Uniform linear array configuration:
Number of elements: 64
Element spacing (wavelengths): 0.5
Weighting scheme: blackman
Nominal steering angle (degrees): -45
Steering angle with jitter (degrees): -43.801
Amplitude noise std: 0.05
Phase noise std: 0.05

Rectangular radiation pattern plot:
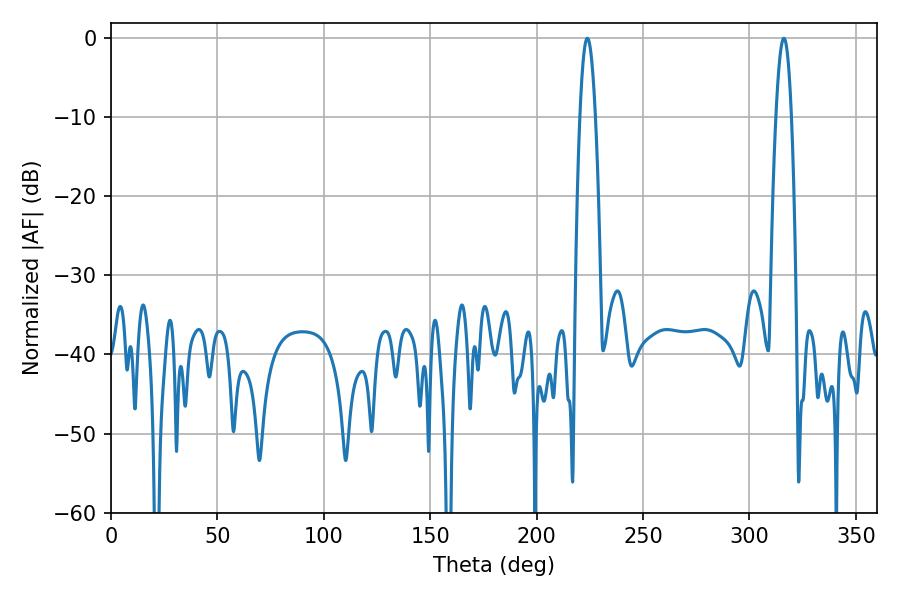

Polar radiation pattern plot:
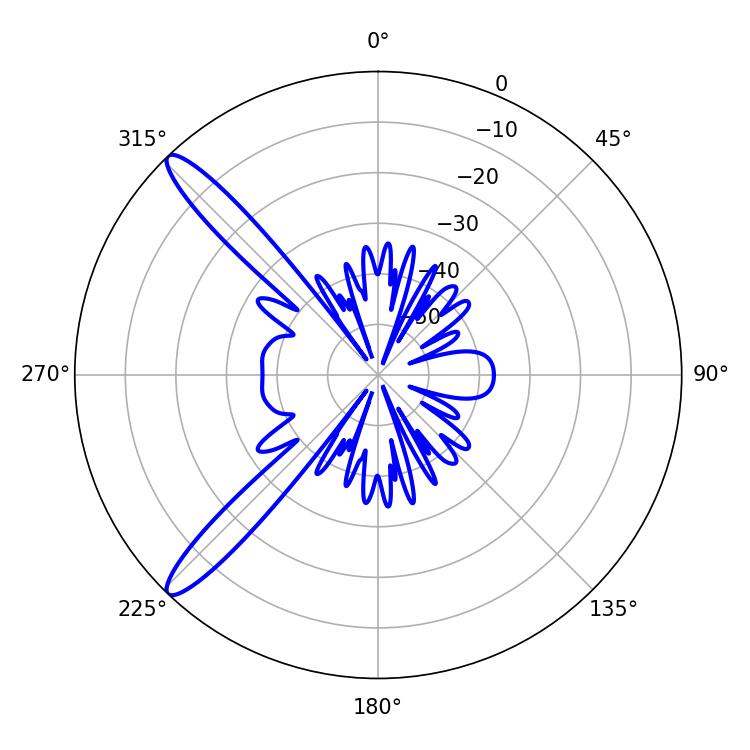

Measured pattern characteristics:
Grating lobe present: FALSE
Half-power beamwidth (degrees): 3.96
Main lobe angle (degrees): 223.74